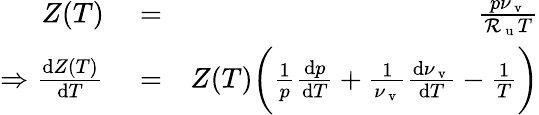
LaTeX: \begin{array}{rlr}{Z(T)}&{{}=}&{\frac{p\nu_{\mathrm{~v~}}}{\mathcal{R}_{\mathrm{~u~}}T}}\\ {\Rightarrow\frac{\mathrm{d}Z(T)}{\mathrm{d}T}}&{{}=}&{Z(T)\bigg(\frac{1}{p}\frac{\mathrm{d}p}{\mathrm{d}T}+\frac{1}{\nu_{\mathrm{~v~}}}\frac{\mathrm{d}\nu_{\mathrm{~v~}}}{\mathrm{d}T}-\frac{1}{T}\bigg)}\end{array}